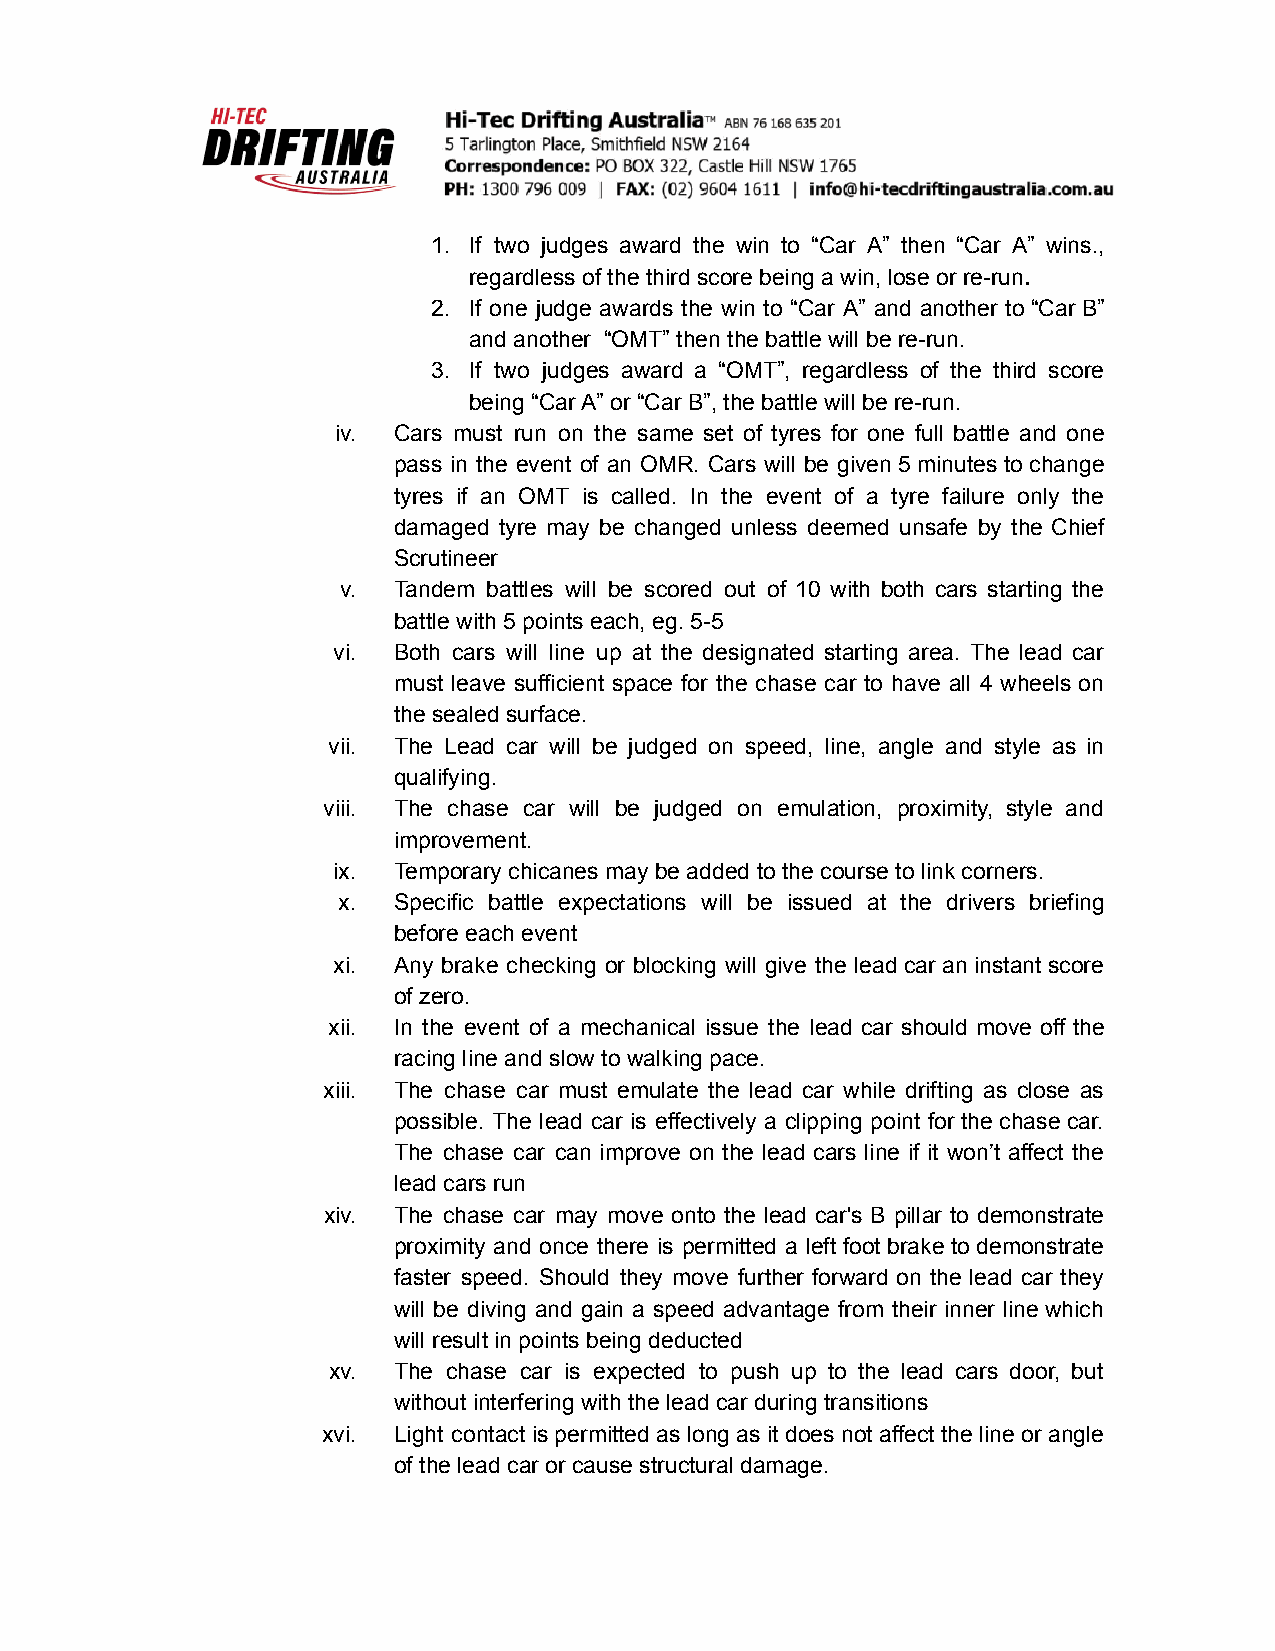
1. If two judges award the win to “Car A” then “Car A” wins.,
 regardless of the third score being a win, lose or re-run.
 2. If one judge awards the win to “Car A” and another to “Car B”
 and another “OMT” then the battle will be re-run.
 3. If two judges award a “OMT”, regardless of the third score
 being “Car A” or “Car B”, the battle will be re-run.
 iv. Cars must run on the same set of tyres for one full battle and one
 pass in the event of an OMR. Cars will be given 5 minutes to change
 tyres if an OMT is called. In the event of a tyre failure only the
 damaged tyre may be changed unless deemed unsafe by the Chief
 Scrutineer
 v. Tandem battles will be scored out of 10 with both cars starting the
 battle with 5 points each, eg. 5-5
 vi. Both cars will line up at the designated starting area. The lead car
 must leave sufficient space for the chase car to have all 4 wheels on
 the sealed surface.
 vii. The Lead car will be judged on speed, line, angle and style as in
 qualifying.
 viii. The chase car will be judged on emulation, proximity, style and
 improvement.
 ix. Temporary chicanes may be added to the course to link corners.
 x.  Specific battle expectations will be issued at the drivers briefing
 before each event
 xi. Any brake checking or blocking will give the lead car an instant score
 of zero.
 xii. In the event of a mechanical issue the lead car should move off the
 racing line and slow to walking pace.
 xiii. The chase car must emulate the lead car while drifting as close as
 possible. The lead car is effectively a clipping point for the chase car.
 The chase car can improve on the lead cars line if it won’t affect the
 lead cars run
 xiv. The chase car may move onto the lead car's B pillar to demonstrate
 proximity and once there is permitted a left foot brake to demonstrate
 faster speed. Should they move further forward on the lead car they
 will be diving and gain a speed advantage from their inner line which
 will result in points being deducted
 xv. The chase car is expected to push up to the lead cars door, but
 without interfering with the lead car during transitions
 xvi. Light contact is permitted as long as it does not affect the line or angle
 of the lead car or cause structural damage.